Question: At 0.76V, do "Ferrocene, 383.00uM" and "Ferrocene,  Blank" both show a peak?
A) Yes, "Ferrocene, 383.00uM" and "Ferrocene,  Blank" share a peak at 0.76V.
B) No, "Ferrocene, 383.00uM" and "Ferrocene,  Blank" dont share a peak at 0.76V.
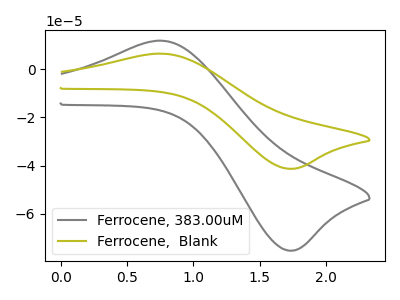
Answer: <think>The gray curve "Ferrocene, 383.00uM" has an anodic peak at (0.75V, 11.95uA) and a cathodic peak at (1.70V, -75.40uA). The olive curve "Ferrocene,  Blank" has an anodic peak at (0.75V, 6.55uA) and a cathodic peak at (1.70V, -41.35uA).</think>
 <answer>A) Yes, "Ferrocene, 383.00uM" and "Ferrocene,  Blank" share a peak at 0.76V.</answer>
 <eval>A</eval>